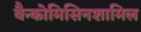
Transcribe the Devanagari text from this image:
वैन्कोमिसिनशामिल